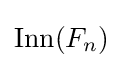
\mathrm {Inn} (F_{n})